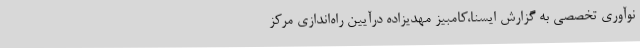
نوآوری تخصصی به گزارش ایسنا،کامبیز مهدیزاده درآیین راه‌اندازی مرکز